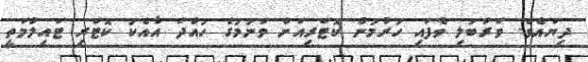
ދިޔައެވެ. ވަރުބަލި ވެފައި ހުރުމުން ކޮޓަރިއަށް ވަނުމުގެ ހުއްދަ އާއެކު ކޮޓަރި ޓައިލްމަތީ